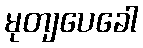
မုတျပေခေါ